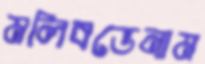
মলিবডেনাম